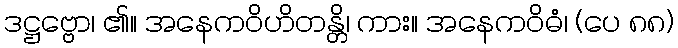
ဒဋ္ဌဗ္ဗော၊ ၏။ အနေကဝိဟိတန္တိ၊ ကား။ အနေကဝိဓံ၊ (ပေ ၈၈)